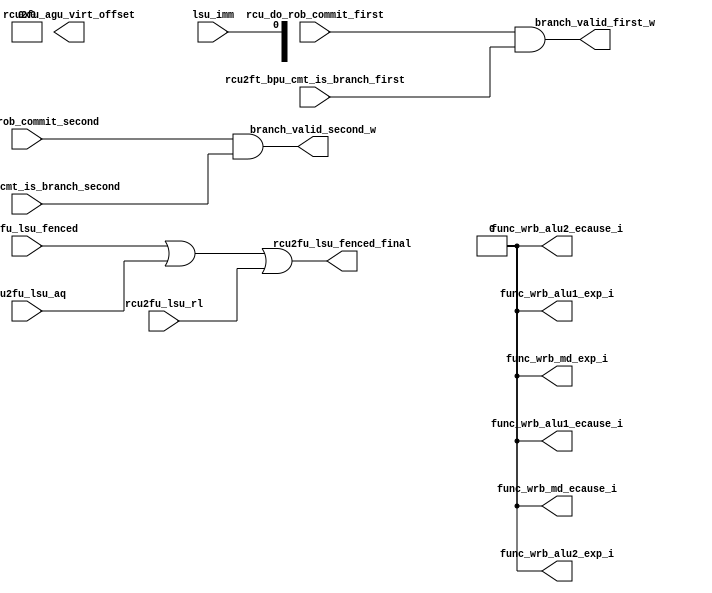
module routing(
    input rcu_do_rob_commit_first,
    input rcu2ft_bpu_cmt_is_branch_first,
    input rcu_do_rob_commit_second,
    input rcu2ft_bpu_cmt_is_branch_second,
    output branch_valid_first_w,
    output branch_valid_second_w,

    input lsu_imm,
    input rcu2fu_lsu_fenced,
    input rcu2fu_lsu_aq,
    input rcu2fu_lsu_rl,
    output rcu2fu_lsu_fenced_final,
    output [63:0] rcu2fu_agu_virt_offset,

    output reg func_wrb_alu2_exp_i,
    output reg func_wrb_alu2_ecause_i,
    output reg func_wrb_alu1_exp_i,
    output reg func_wrb_alu1_ecause_i,
    output reg func_wrb_md_exp_i,
    output reg func_wrb_md_ecause_i
);

assign branch_valid_first_w = rcu_do_rob_commit_first & rcu2ft_bpu_cmt_is_branch_first;
assign branch_valid_second_w = rcu_do_rob_commit_second & rcu2ft_bpu_cmt_is_branch_second;

assign rcu2fu_agu_virt_offset = {{32{lsu_imm[31]}},lsu_imm};
assign rcu2fu_lsu_fenced_final = rcu2fu_lsu_fenced | rcu2fu_lsu_aq | rcu2fu_lsu_rl;

always @(*) begin
    func_wrb_alu2_exp_i = 0;
    func_wrb_alu2_ecause_i = 0;
    func_wrb_alu1_exp_i = 0;
    func_wrb_alu1_ecause_i = 0;
    func_wrb_md_exp_i = 0;
    func_wrb_md_ecause_i = 0;
end

endmodule